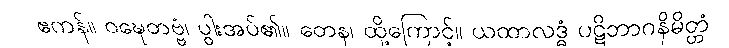
ဧကန်။ ဝဍ္ဎေတဗ္ဗံ၊ ပွါးအပ်၏။ တေန၊ ထို့ကြောင့်။ ယထာလဒ္ဓံ ပဋိဘာဂနိမိတ္တံ